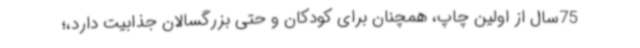
75سال از اولین چاپ، همچنان برای کودکان و حتی بزرگسالان جذابیت دارد،؛